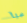
هيا